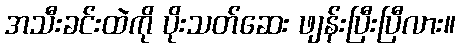
အသီးခင်းထဲကို ပိုးသတ်ဆေး ဖျန်းပြီးပြီလား။